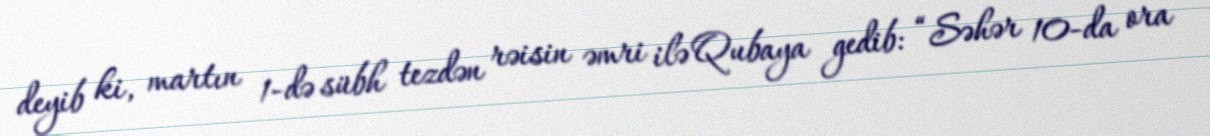
deyib ki, martın 1-də sübh tezdən rəisin əmri ilə Qubaya gedib: “Səhər 10-da ora